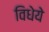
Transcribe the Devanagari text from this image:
विधेये